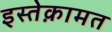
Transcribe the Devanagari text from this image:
इस्तेक़ामत